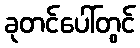
ခုတင်ပေါ်တွင်